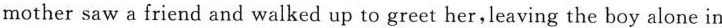
mother saw a friend and walked up to greet her，leaving the boy alone in